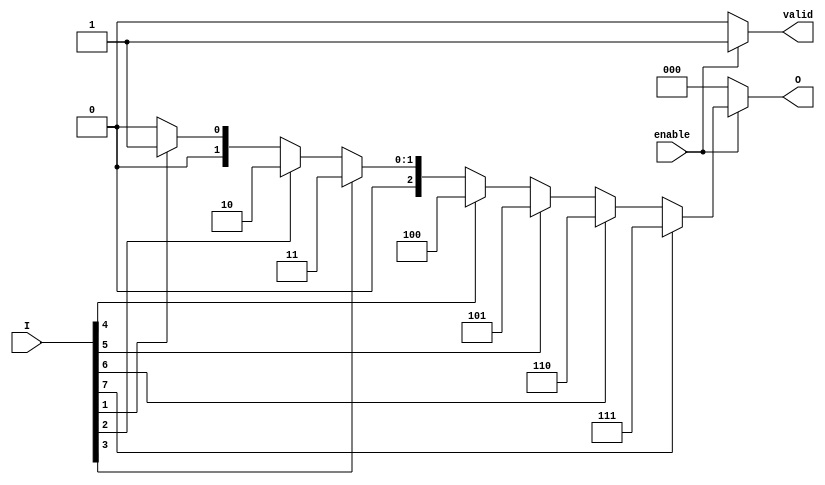
module octal_to_binary_encoder (
    input wire [7:0] I, // 8 inputs for octal digits (I0 to I7)
    input wire enable,   // Enable signal
    output reg [2:0] O,  // 3-bit binary output (O0 to O2)
    output reg valid     // Output to indicate valid data
);

// Always block to handle priority encoding
always @(*) begin
    if (!enable) begin
        O = 3'b000; // Default state when not enabled
        valid = 1'b0; // Indicate invalid output
    end else begin
        valid = 1'b1; // Indicate valid output
        case (1'b1) // Check for highest priority active input
            I[7]: O = 3'b111; // If I7 is active
            I[6]: O = 3'b110; // If I6 is active
            I[5]: O = 3'b101; // If I5 is active
            I[4]: O = 3'b100; // If I4 is active
            I[3]: O = 3'b011; // If I3 is active
            I[2]: O = 3'b010; // If I2 is active
            I[1]: O = 3'b001; // If I1 is active
            I[0]: O = 3'b000; // If I0 is active
            default: O = 3'b000; // Default case (no input or invalid)
        endcase
    end
end

endmodule